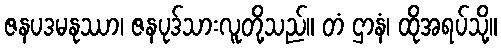
ဇနပဒမနုဿာ၊ ဇနပုဒ်သားလူတို့သည်။ တံ ဌာနံ၊ ထိုအရပ်သို့။